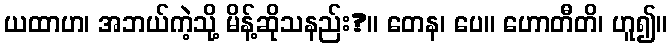
ယထာဟ၊ အဘယ်ကဲ့သို့ မိန့်ဆိုသနည်း?။ တေန၊ ပေ။ ဟောတီတိ၊ ဟူ၍။